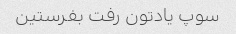
سوپ یادتون رفت بفرستین